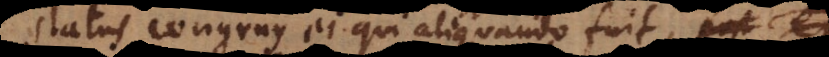
status congruus ei qui aliquando fui